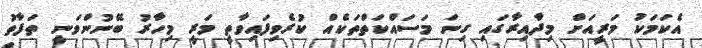
އެކަމަކު މަރީއަށް މިދާއިރާގައި ގިނަ މަސައްކަތްތަކެއް ކުރެވިފައިވާތީ މަރީ މިހާރު ބޭނުންވަނީ ތަފާތު